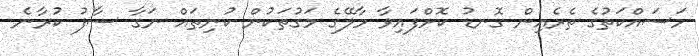
މަސައްކަތުގެ ތެރެއިން ގޮނޑު ކޮށްފައިވާ މާލޭގެ މަގުތަކުން ކުނިތައް ނަގާ ސާފު ކުރާނެ